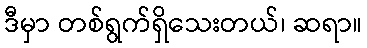
ဒီမှာ တစ်ရွက်ရှိသေးတယ်၊ ဆရာ။